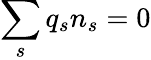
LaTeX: \sum_{s}q_{s}n_{s}=0